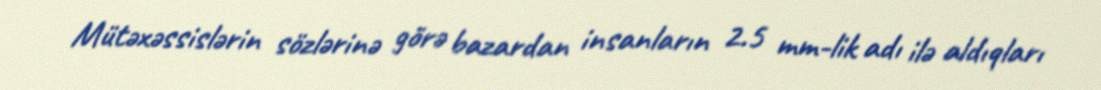
Mütəxəssislərin sözlərinə görə bazardan insanların 2.5 mm-lik adı ilə aldıqları